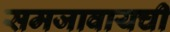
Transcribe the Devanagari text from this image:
समजावायची